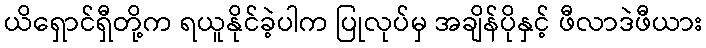
ယိရှောင်ရှီတို့က ရယူနိုင်ခဲ့ပါက ပြုလုပ်မှ အချိန်ပိုနှင့် ဖီလာဒဲဖီယား